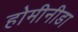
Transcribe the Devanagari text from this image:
होमीनीडा